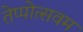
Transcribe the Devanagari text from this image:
तेप्पोत्सवम